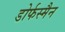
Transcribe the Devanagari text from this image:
डोर्फस्मैन